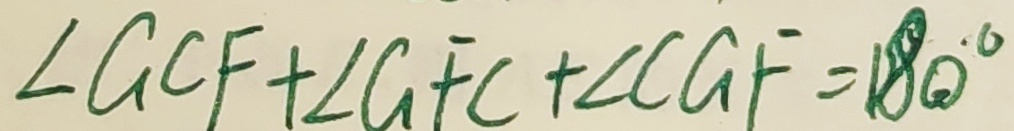
\angle G C F + \angle G F C + \angle C G F = 1 8 0 ^ { \circ }